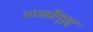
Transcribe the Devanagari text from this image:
आसीनूस्